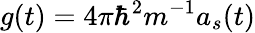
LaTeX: g(t)=4\pi\hbar^{2}m^{-1}a_{s}(t)